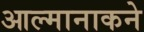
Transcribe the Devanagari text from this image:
आल्मानाकने